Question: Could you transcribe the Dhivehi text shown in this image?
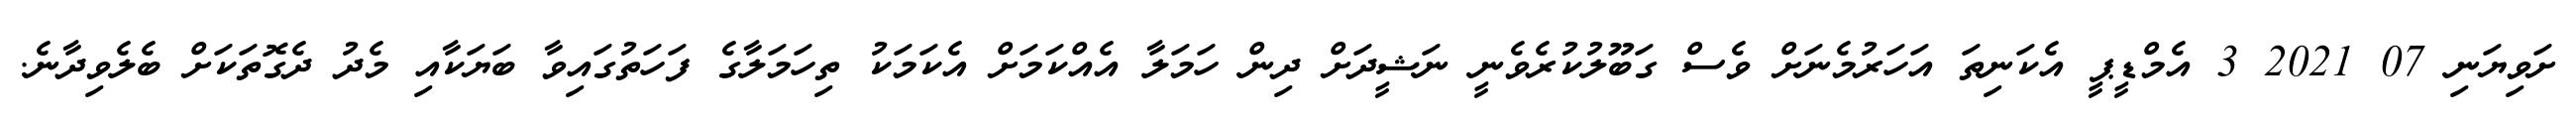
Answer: ށަވިޔަނި 07 2021 3 އެމްޑީޕީ އެކަނިތަ އަހަރުމެނަށް ވެސް ގަބޫލުކުރެވެނީ ނަޝީދަށް ދިން ހަމަލާ އެއްކަމަށް އެކަމަކު ތިހަމަލާގެ ފަހަތުގައިވާ ބަޔަކާއި މެދު ދެގޮތަކަށް ބެލެވިދާނެ.